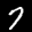
Label: 7